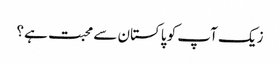
زیک آپ کو پاکستان سے محبت ہے؟